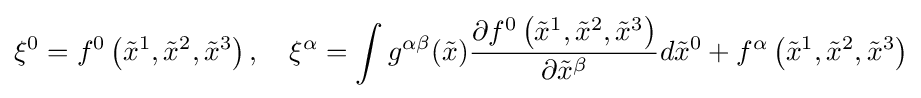
\xi ^{0}=f^{0}\left({\tilde {x}}^{1},{\tilde {x}}^{2},{\tilde {x}}^{3}\right),\quad \xi ^{\alpha }=\int {g^{\alpha \beta }({\tilde {x}}){\frac {\partial f^{0}\left({\tilde {x}}^{1},{\tilde {x}}^{2},{\tilde {x}}^{3}\right)}{\partial {\tilde {x}}^{\beta }}}d{\tilde {x}}^{0}}+f^{\alpha }\left({\tilde {x}}^{1},{\tilde {x}}^{2},{\tilde {x}}^{3}\right)